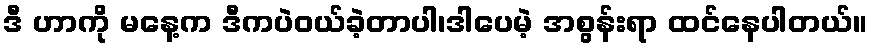
ဒီ ဟာကို မနေ့က ဒီကပဲဝယ်ခဲ့တာပါ၊ဒါပေမဲ့ အစွန်းရာ ထင်နေပါတယ်။